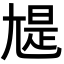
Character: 𡯻